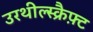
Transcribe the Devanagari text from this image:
उरथील्स्क्रैफ़्ट